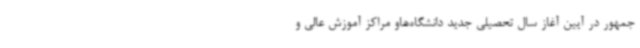
جمهور در آیین آغاز سال تحصیلی جدید دانشگاه‌هاو مراکز آموزش عالی و